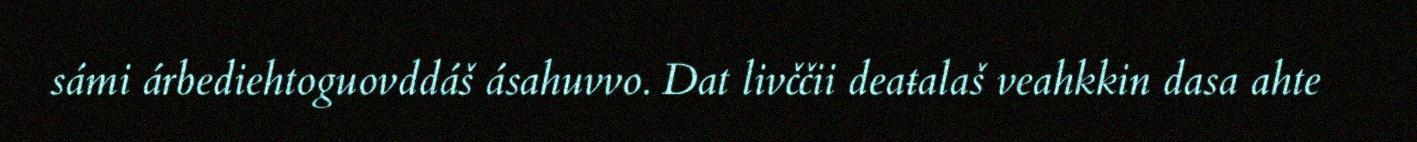
sámi árbediehtoguovddáš ásahuvvo. Dat livččii deaŧalaš veahkkin dasa ahte